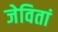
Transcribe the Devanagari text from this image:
जेवितां